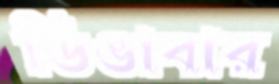
ডিঙাবার